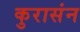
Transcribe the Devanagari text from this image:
कुरासंन